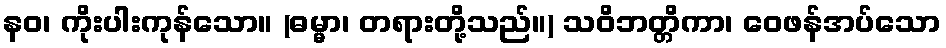
နဝ၊ ကိုးပါးကုန်သော။ (ဓမ္မာ၊ တရားတို့သည်။) သဝိဘတ္တိကာ၊ ဝေဖန်အပ်သော